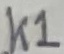
Text: K1